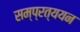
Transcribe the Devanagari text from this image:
सम्प्रत्ययन